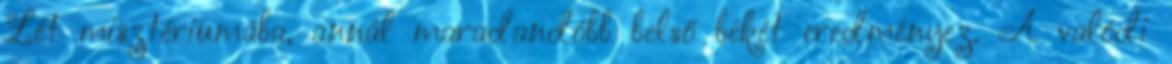
Lét misztériumába, annál maradandóbb belső békét eredményez. A valódi